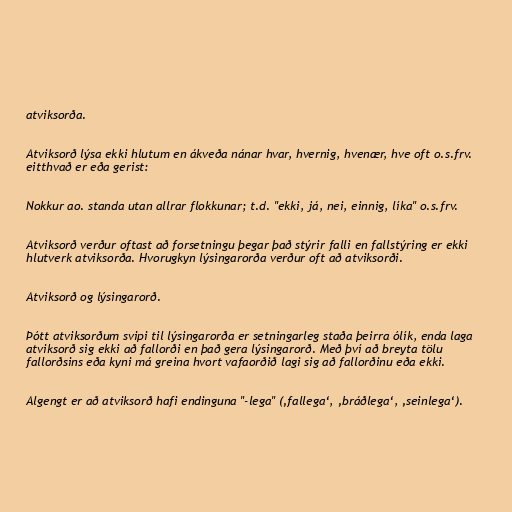
atviksorða.

Atviksorð lýsa ekki hlutum en ákveða nánar hvar, hvernig, hvenær, hve oft o.s.frv.
eitthvað er eða gerist:

Nokkur ao. standa utan allrar flokkunar; t.d. "ekki, já, nei, einnig, líka" o.s.frv.

Atviksorð verður oftast að forsetningu þegar það stýrir falli en fallstýring er ekki
hlutverk atviksorða. Hvorugkyn lýsingarorða verður oft að atviksorði.

Atviksorð og lýsingarorð.

Þótt atviksorðum svipi til lýsingarorða er setningarleg staða þeirra ólík, enda laga
atviksorð sig ekki að fallorði en það gera lýsingarorð. Með því að breyta tölu
fallorðsins eða kyni má greina hvort vafaorðið lagi sig að fallorðinu eða ekki.

Algengt er að atviksorð hafi endinguna "-lega" (‚fallega‘, ‚bráðlega‘, ‚seinlega‘).